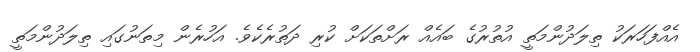
އެއްފަހަރަކު ތިލަދުންމަތީ އުތުރުގެ ބައެއް ރަށްތަކަށް ކުރި ދަތުރެކެވެ. އަހުރެން މިތަނުގައި ތިލަދުންމަތީ